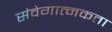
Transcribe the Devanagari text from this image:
संवेगात्मकता